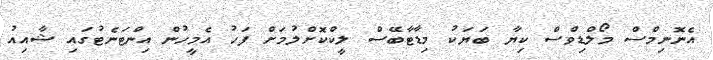
އެނޮނިމްސް މޯލްޑިވްސް ކިޔާ ބަޔަކު މިޑާޓާބޭސް ލީކްކޮށްލުމަށް ފަހު އެމީހުން އިންޓަނެޓުގައި ޝާއިއު